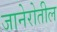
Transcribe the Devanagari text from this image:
जानेरोतील